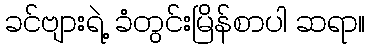
ခင်ဗျားရဲ့ ခံတွင်းမြိန်စာပါ ဆရာ။